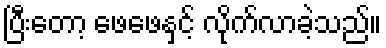
ပြီးတော့ ဖေဖေနှင့် လိုက်လာခဲ့သည်။